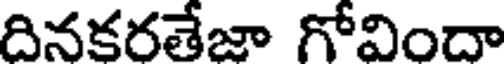
దినకరతేజా గోవిందా